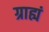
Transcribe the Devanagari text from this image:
ग्राह्यं